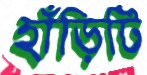
হাঁড়িটি